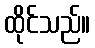
ထိုင်သည်။